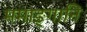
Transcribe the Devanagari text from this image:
ममाङ्गानि